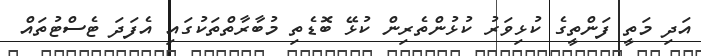
އަދި މަތީ ފަންތީގެ ކުޅިވަރު ކުޅުންތެރިން ކުޅޭ ބޮޑެތި މުބާރާތްތަކުގައި އެފަދަ ޓެސްޓުތައް